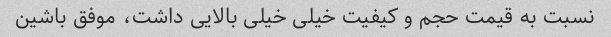
نسبت به قیمت حجم و کیفیت خیلی خیلی بالایی داشت، موفق باشین